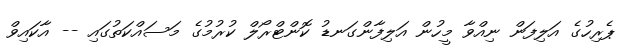
ޕެރިހުގެ އަލިފަން ނިއްވާ މީހުން އަލިފާންގަނޑު ކޮންޓްރޯލް ކުރުމުގެ މަސައްކަތުގައި -- އާކައިވް